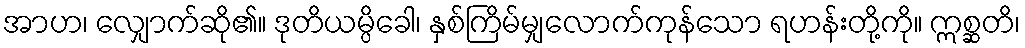
အာဟ၊ လျှောက်ဆို၏။ ဒုတိယမ္ပိခေါ၊ နှစ်ကြိမ်မျှလောက်ကုန်သော ရဟန်းတို့ကို။ ဣစ္ဆတိ၊